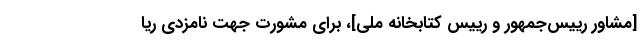
[مشاور رییس‌جمهور و رییس کتابخانه ملی]، برای مشورت جهت نامزدی ریا